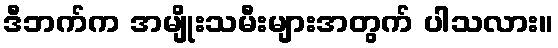
ဒီဘက်က အမျိုးသမီးများအတွက် ပါသလား။